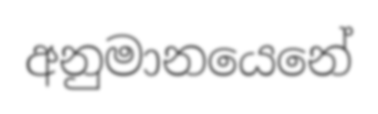
අනුමානයෙනේ